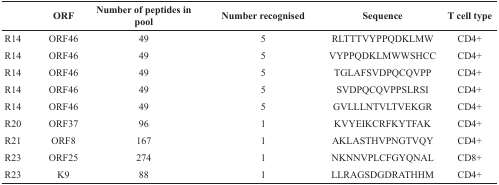
|  | ORF | Number of peptides in pool | Number recognised | Sequence | T cell type |
 | --- | --- | --- | --- | --- | --- |
 | R14 | ORF46 | 49 | 5 | RLTTTVYPPQDKLMW | CD4+ |
 | R14 | ORF46 | 49 | 5 | VYPPQDKLMWWSHCC | CD4+ |
 | R14 | ORF46 | 49 | 5 | TGLAFSVDPQCQVPP | CD4+ |
 | R14 | ORF46 | 49 | 5 | SVDPQCQVPPSLRSI | CD4+ |
 | R14 | ORF46 | 49 | 5 | GVLLLNTVLTVEKGR | CD4+ |
 | R20 | ORF37 | 96 | 1 | KVYEIKCRFKYTFAK | CD4+ |
 | R21 | ORF8 | 167 | 1 | AKLASTHVPNGTVQY | CD4+ |
 | R23 | ORF25 | 274 | 1 | NKNNVPLCFGYQNAL | CD8+ |
 | R23 | K9 | 88 | 1 | LLRAGSDGDRATHHM | CD4+ |